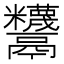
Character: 𩱵